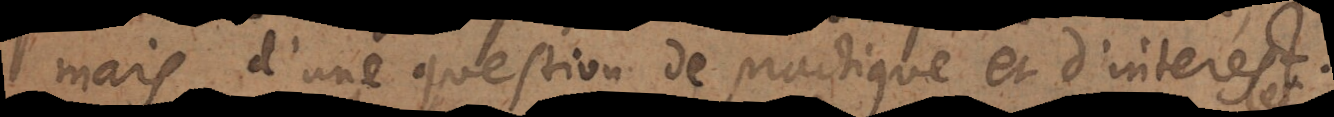
mais d’une question de practique et d’interest.